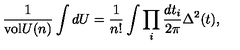
{ \frac { 1 } { \mathrm { v o l } U ( n ) } } \int d U = { \frac { 1 } { n ! } } \int \prod _ { i } { \frac { d t _ { i } } { 2 \pi } } \Delta ^ { 2 } ( t ) ,